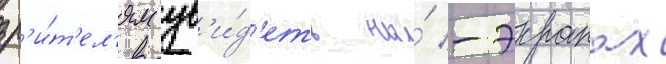
зр'и́т'ел'ям ув'и́д'еть на́ -экранах